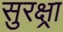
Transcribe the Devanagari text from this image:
सुरक्ष्रा